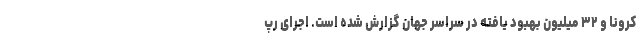
کرونا و ۳۲ میلیون بهبود یافته در سراسر جهان گزارش شده است. اجرای رپ